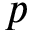
p